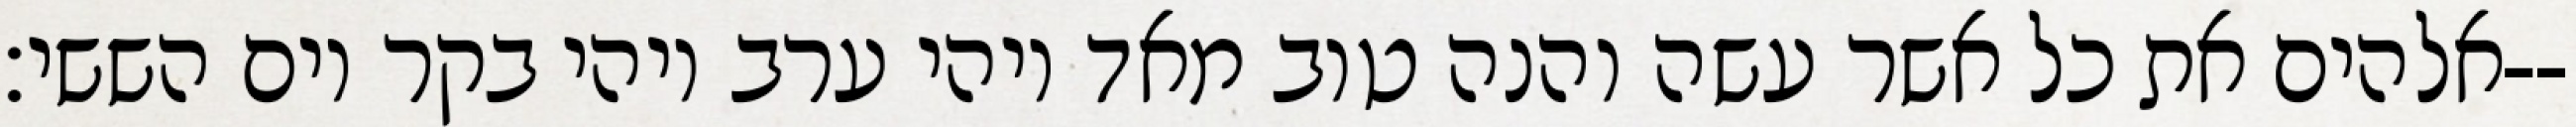
אלהים את כל אשר עשה והנה טוב מאד ויהי ערב ויהי בקר יום הששי׃--